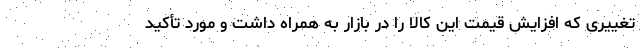
تغییری که افزایش قیمت این کالا را در بازار به همراه داشت و مورد تأکید